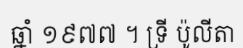
ឆ្នាំ ១៩៧៧ ។ ទ្រី ប៉ូលីតា